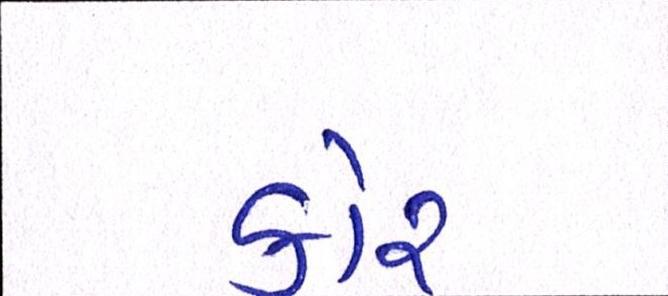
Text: કોર